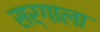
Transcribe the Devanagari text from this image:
सर्गाला